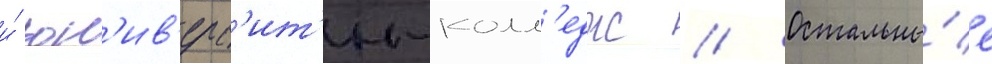
и́ юн'ив'ерс'ит'и-колл'едж // Остальны́е